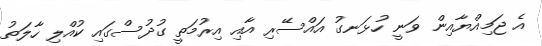
އެ ޖަމިއްޔާއިން ވަނީ ހުޅަނގު އައްސޭރި އާއި އިރުމަތީ ގުދުސްގައި ކުއްލި ހާލަތު